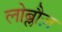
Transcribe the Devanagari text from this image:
लोब्लौज़